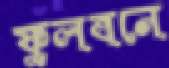
ফুলবনে